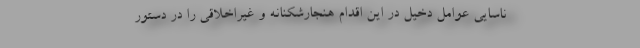
ناسایی عوامل دخیل در این اقدام هنجارشکنانه و غیراخلاقی را در دستور